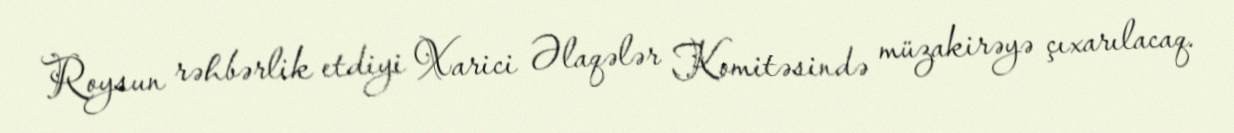
Roysun rəhbərlik etdiyi Xarici Əlaqələr Komitəsində müzakirəyə çıxarılacaq.